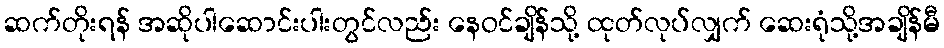
ဆက်တိုးရန် အဆိုပါဆောင်းပါးတွင်လည်း နေဝင်ချိန်သို့ ထုတ်လုပ်လျှက် ဆေးရုံသို့အချိန်မီ